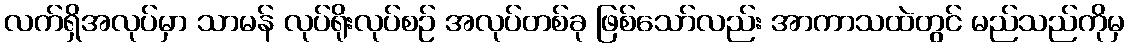
လက်ရှိအလုပ်မှာ သာမန် လုပ်ရိုးလုပ်စဉ် အလုပ်တစ်ခု ဖြစ်သော်လည်း အာကာသထဲတွင် မည်သည်ကိုမှ